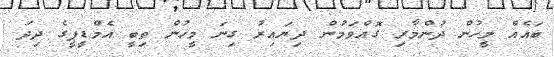
ބައެއް މީހުން ދުންމާރި ގޮއްވަމުން ދިޔައިރު ގިނަ މީހުން ތިބީ އެމްޑީޕީގެ ދިދަ